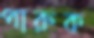
পারুক